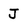
Character: J